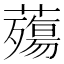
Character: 𧀫